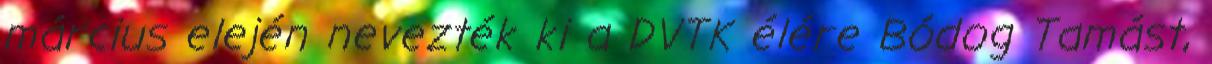
március elején nevezték ki a DVTK élére Bódog Tamást,